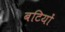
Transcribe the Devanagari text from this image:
बटियों